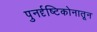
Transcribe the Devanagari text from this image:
पुनर्दृष्टिकोनातून